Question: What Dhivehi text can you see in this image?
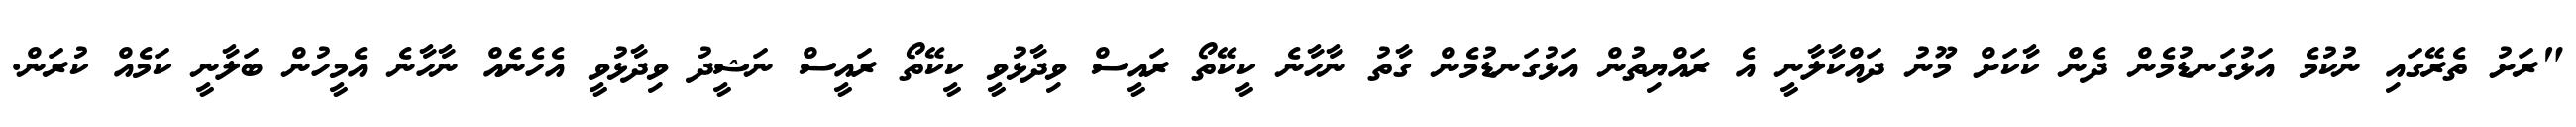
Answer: "ރަށު ތެރޭގައި ނުކުމެ އަޅުގަނޑުމެން ދެން ކާކަށް މޫނު ދައްކާލާނީ އެ ރައްޔިތުން އަޅުގަނޑުމެން ގާތު ނާހާނެ ކީކޭތޯ ރައީސް ވިދާޅުވީ ކީކޭތޯ ރައީސް ނަޝީދު ވިދާޅުވީ އެހެނެއް ނާހާނެ އެމީހުން ބަލާނީ ކަމެއް ކުރަން.